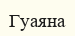
Гуаяна